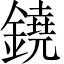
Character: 鐃